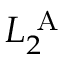
L _ { 2 } ^ { \textrm { A } }